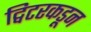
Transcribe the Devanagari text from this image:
ट्विटरकडून